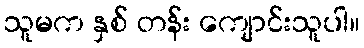
သူမက နှစ် တန်း ကျောင်းသူပါ။